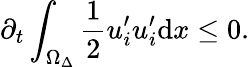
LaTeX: \partial_{t}\int_{\Omega_{\Delta}}^{}\frac{1}{2}u_{i}^{\prime}u_{i}^{\prime}\mathrm{d}x\leq 0.